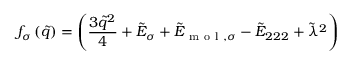
f _ { \sigma } \left( \tilde { q } \right) = \left( \frac { 3 \tilde { q } ^ { 2 } } { 4 } + \tilde { E } _ { \sigma } + \tilde { E } _ { \mathrm { ~ m ~ o ~ l ~ } , \sigma } - \tilde { E } _ { 2 2 2 } + \tilde { \lambda } ^ { 2 } \right)